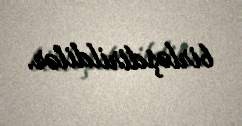
birləşdirildilər.